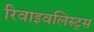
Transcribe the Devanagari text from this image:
रिवाइवलिस्ट्स